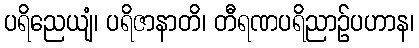
ပရိညေယျံ၊ ပရိဇာနာတိ၊ တီရဏပရိညာဉ်ပဟာန၊